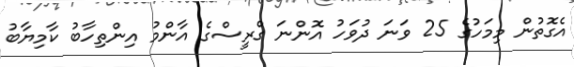
އެގޮތުން މިމަހުގެ 25 ވަނަ ދުވަހު އޮންނަ ގްރީސްގެ އާންމު އިންތިހާބު ކާމިޔާބު